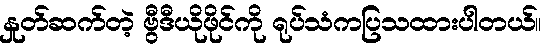
နှုတ်ဆက်တဲ့ ဗွီဒီယိုဖိုင်ကို ရုပ်သံကပြသထားပါတယ်။